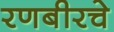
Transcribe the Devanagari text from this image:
रणबीरचे